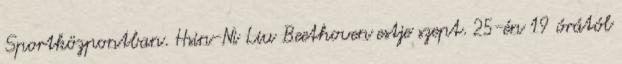
Sportközpontban. Hsin-Ni Liu Beethoven estje szept. 25-én 19 órától